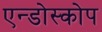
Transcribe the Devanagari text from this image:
एन्डोस्कोप